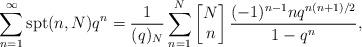
LaTeX: \begin{align*}\sum_{n=1}^\infty \textup{spt}(n,N) q^n = \frac{1}{(q)_N}\sum_{n = 1}^{N} \left[\begin{matrix} N \\ n \end{matrix}\right]\frac{(-1)^{n - 1}nq^{n(n + 1)/2}}{1 - q^n},\end{align*}